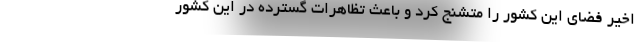
اخیر فضای این کشور را متشنج کرد و باعث تظاهرات گسترده در این کشور